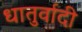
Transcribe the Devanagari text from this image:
धातुर्वादी